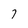
Character: 7